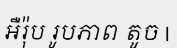
អឺរ៉ុប រូបភាព តូច |